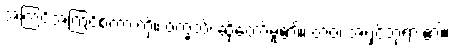
အကြင်အကြင်စကားကို။ ဝက္ခသိ၊ ဆိုတော်မူ၏။ တဝ၊ အရှင်ဘုရား၏။